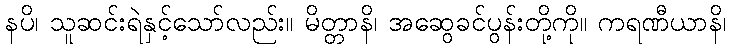
နပိ၊ သူဆင်းရဲနှင့်သော်လည်း။ မိတ္တာနိ၊ အဆွေခင်ပွန်းတို့ကို။ ကရဏီယာနိ၊